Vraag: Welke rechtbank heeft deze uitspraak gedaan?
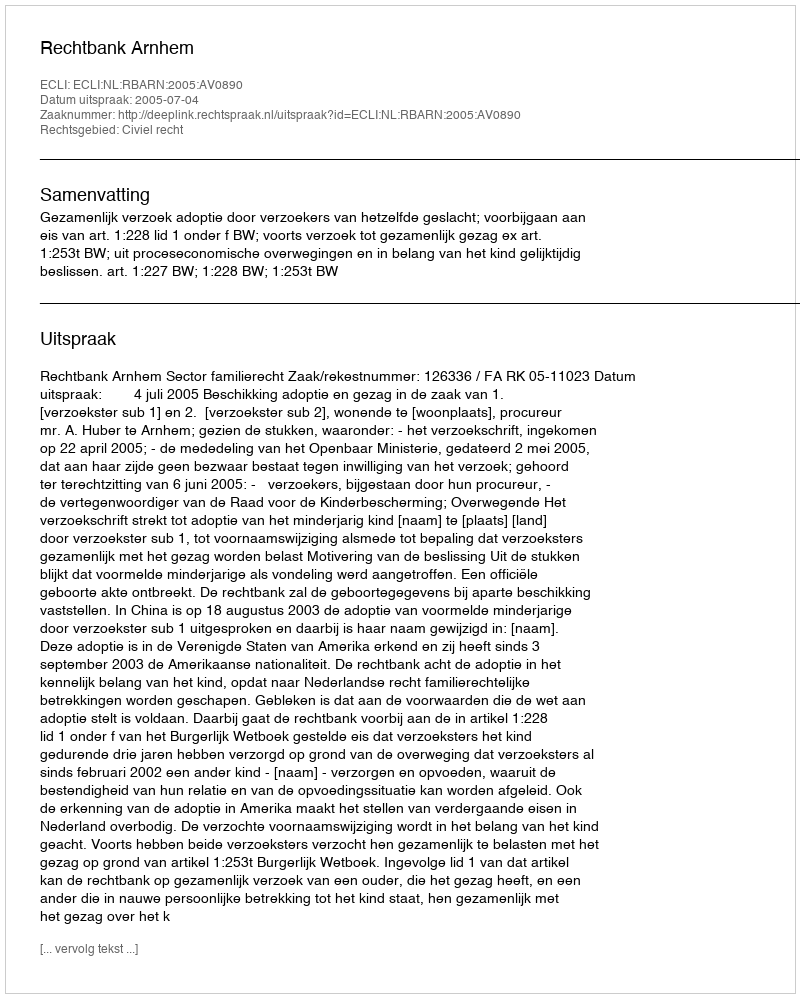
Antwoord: Rechtbank Arnhem